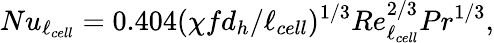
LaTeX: Nu_{\ell_{cell}}=0.404(\chi fd_{h}/\ell_{cell})^{1/3}Re_{\ell_{cell}}^{2/3}Pr^{1/3},